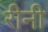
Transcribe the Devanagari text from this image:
रीनी